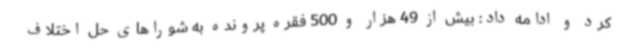
کرد و ادامه داد: بیش از 49 هزار و 500 فقره پرونده به شوراهای حل اختلاف